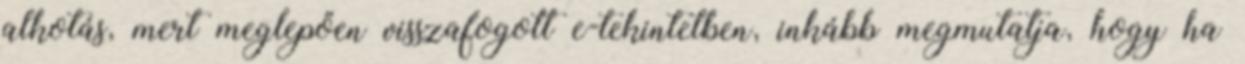
alkotás, mert meglepően visszafogott e-tekintetben, inkább megmutatja, hogy ha